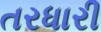
તરધારી